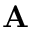
{ \bf A }